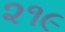
૨૧૯